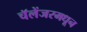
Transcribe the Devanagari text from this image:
चॅलेंजरमधून